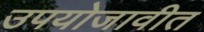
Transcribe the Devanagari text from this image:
उपयोजावीत